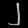
Digit: ၂